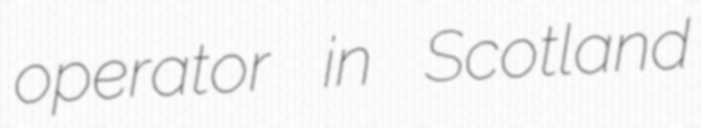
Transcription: operator in Scotland